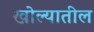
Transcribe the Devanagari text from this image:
खोल्यातील